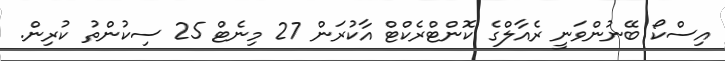
އިސްކޯ ބޭނުންވަނީ ރެއާލްގެ ކޮންޓްރެކްޓް އާކުރަން 27 މިނެޓް 25 ސިކުންތު ކުރިން.